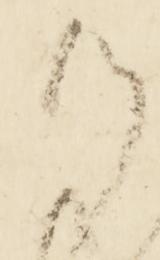
候